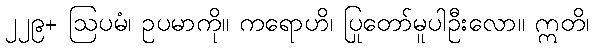
၂၂၉+ ဩပမံ၊ ဥပမာကို။ ကရောဟိ၊ ပြုတော်မူပါဦးလော။ ဣတိ၊